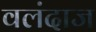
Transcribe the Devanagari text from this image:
वलंदाज